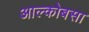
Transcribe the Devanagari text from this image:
आल्कोबसा